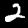
Label: 2